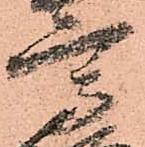
高